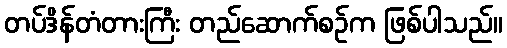
တပ်ဒိန်တံတားကြီး တည်ဆောက်စဉ်က ဖြစ်ပါသည်။